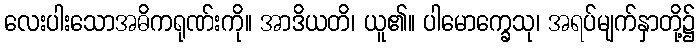
လေးပါးသောအဓိကရုဏ်းကို။ အာဒိယတိ၊ ယူ၏။ ပါမောက္ခေသု၊ အရပ်မျက်နှာတို့၌